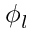
\phi _ { l }